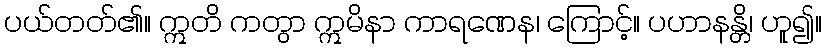
ပယ်တတ်၏။ ဣတိ ကတွာ ဣမိနာ ကာရဏေန၊ ကြောင့်။ ပဟာနန္တိ၊ ဟူ၍။